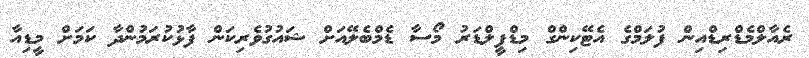
ރެއާލްމެޑްރިޑްއިން ފުލަމްގެ އެޓޭކިންގް މިޑްފީލްޑަރު މޯސާ ޑެމްބެލޭއަށް ޝައުގުވެރިކަން ފާޅުކުރަމުންދާ ކަމަށް މީޑިއާ